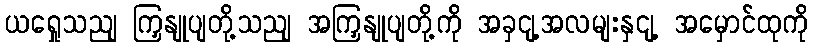
ယရှေုသညျ ကြှနျုပျတို့သညျ အကြှနျုပျတို့ကို အခှငျ့အလမျးနှငျ့ အမှောင်ထုကို